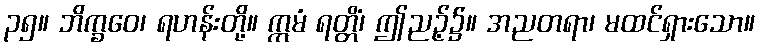
၃၅။ ဘိက္ခဝေ၊ ရဟန်းတို့။ ဣမံ ရတ္တိံ၊ ဤညဉ့်၌။ အညတရာ၊ မထင်ရှားသော။